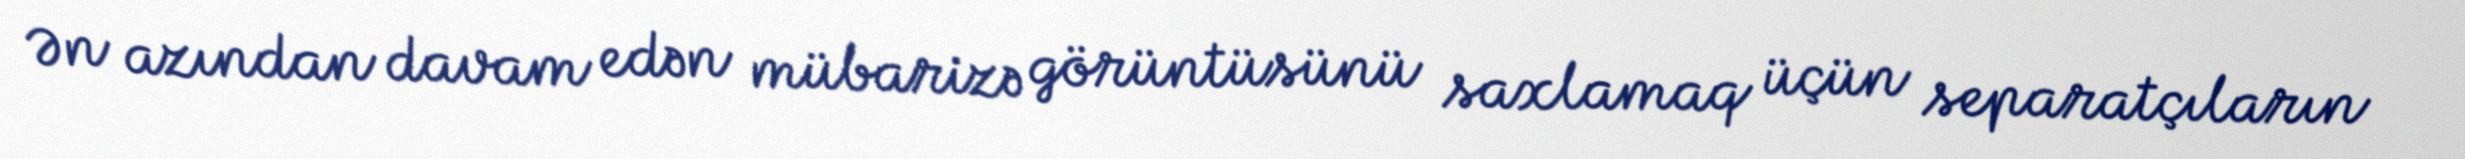
Ən azından davam edən mübarizə görüntüsünü saxlamaq üçün separatçıların